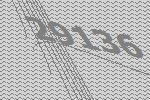
29136